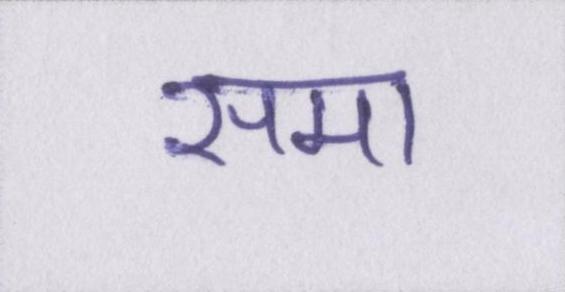
समा